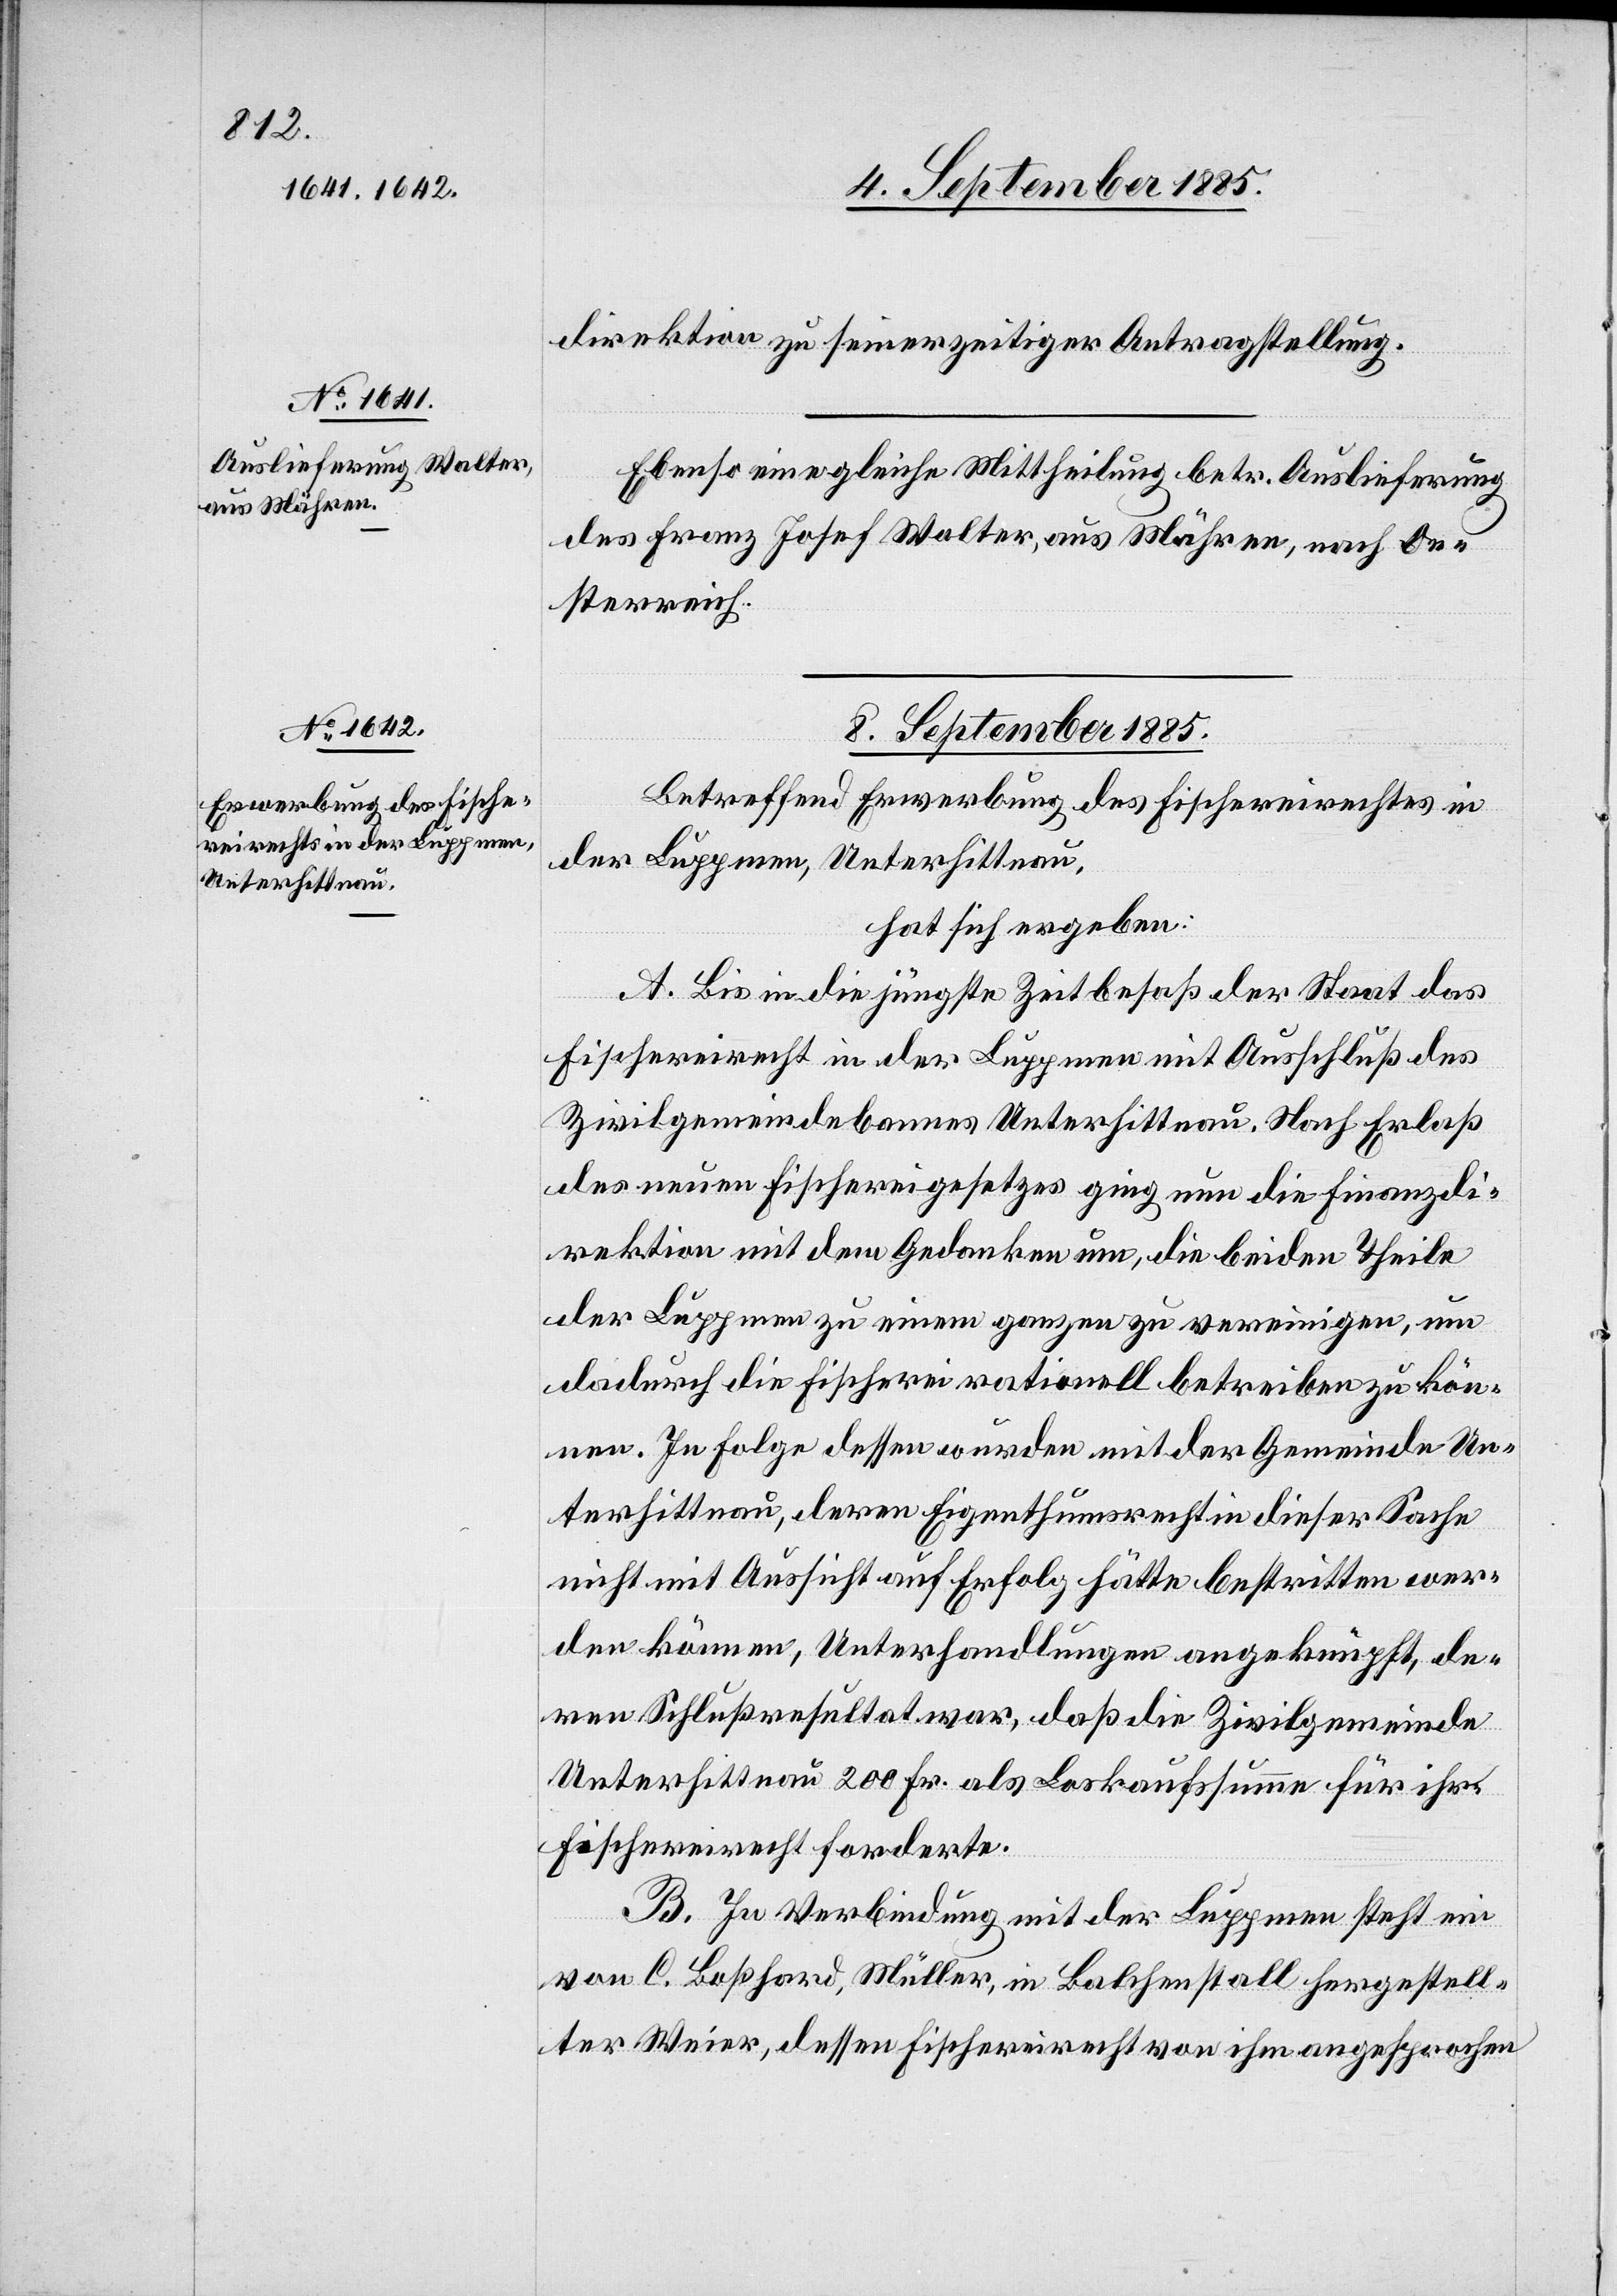
direktion zu seinerzeitiger Antragstellung.
Ebenso eine gleiche Mittheilung betr. Auslieferung
des Franz Josef Walter, aus Mähren, nach Oe¬
sterreich.
8. September 1885.
Betreffend Erwerbung des Fischereirechtes in
der Luppmen, Unterhittnau,
hat sich ergeben:
A. Bis in die jüngste Zeit besaß der Staat das
Fischereirecht in der Luppmen mit Ausschluß des
Zivilgemeindebannes Unterhittnau. Nach Erlaß
des neuen Fischereigesetzes ging nun die Finanzdi¬
rektion mit dem Gedanken um, die beiden Theile
der Luppmen zu einem ganzen zu vereinigen, um
dadurch die Fischerei rationell betreiben zu kön¬
nen. In Folge dessen wurden mit der Gemeinde Un¬
terhittnau, deren Eigenthumsrecht in dieser Sache
nicht mit Aussicht auf Erfolg hätte bestritten wer¬
den können, Unterhandlungen angeknüpft, de¬
ren Schlußresultat war, daß die Zivilgemeinde
Unterhittnau 200 Fr. als Loskaufsumme für ihr
Fischereirecht forderte.
B. In Verbindung mit der Luppmen steht ein
von C. Boßhard, Müller, in Balchenstall hergestell¬
ter Weier, dessen Fischereirecht von ihm angesprochen